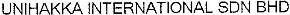
UNIHAKKA INTERNATIONAL SDN BHD